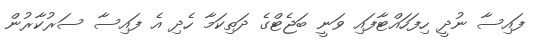
ފައިސާ ނުދީ ހިފަހައްޓާފައި ވަނީ ބަޖެޓްގެ ދަތިކަމާ ހެދި އެ ފައިސާ ސަރުކާރުން